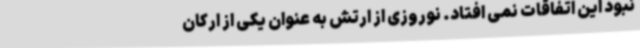
نبود این اتفاقات نمی افتاد. نوروزی از ارتش به عنوان یکی از ارکان